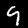
Digit: 9